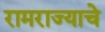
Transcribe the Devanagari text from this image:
रामराज्याचे